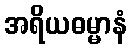
အရိယဓမ္မာနံ